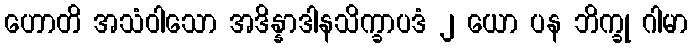
ဟောတိ အသံဝါသော အဒိန္နာဒါနသိက္ခာပဒံ ၂ ယော ပန ဘိက္ခု ဂါမာ